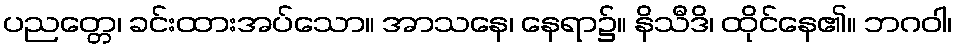
ပညတ္တေ၊ ခင်းထားအပ်သော။ အာသနေ၊ နေရာ၌။ နိသီဒိ၊ ထိုင်နေ၏။ ဘဂဝါ၊